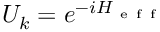
U _ { k } = e ^ { - i H _ { \mathrm { ~ e ~ f ~ f ~ } } }